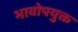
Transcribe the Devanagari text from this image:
भावोपयुक्त